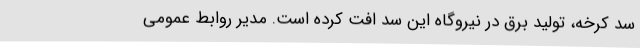
سد کرخه، تولید برق در نیروگاه این سد افت کرده است. مدیر روابط عمومی